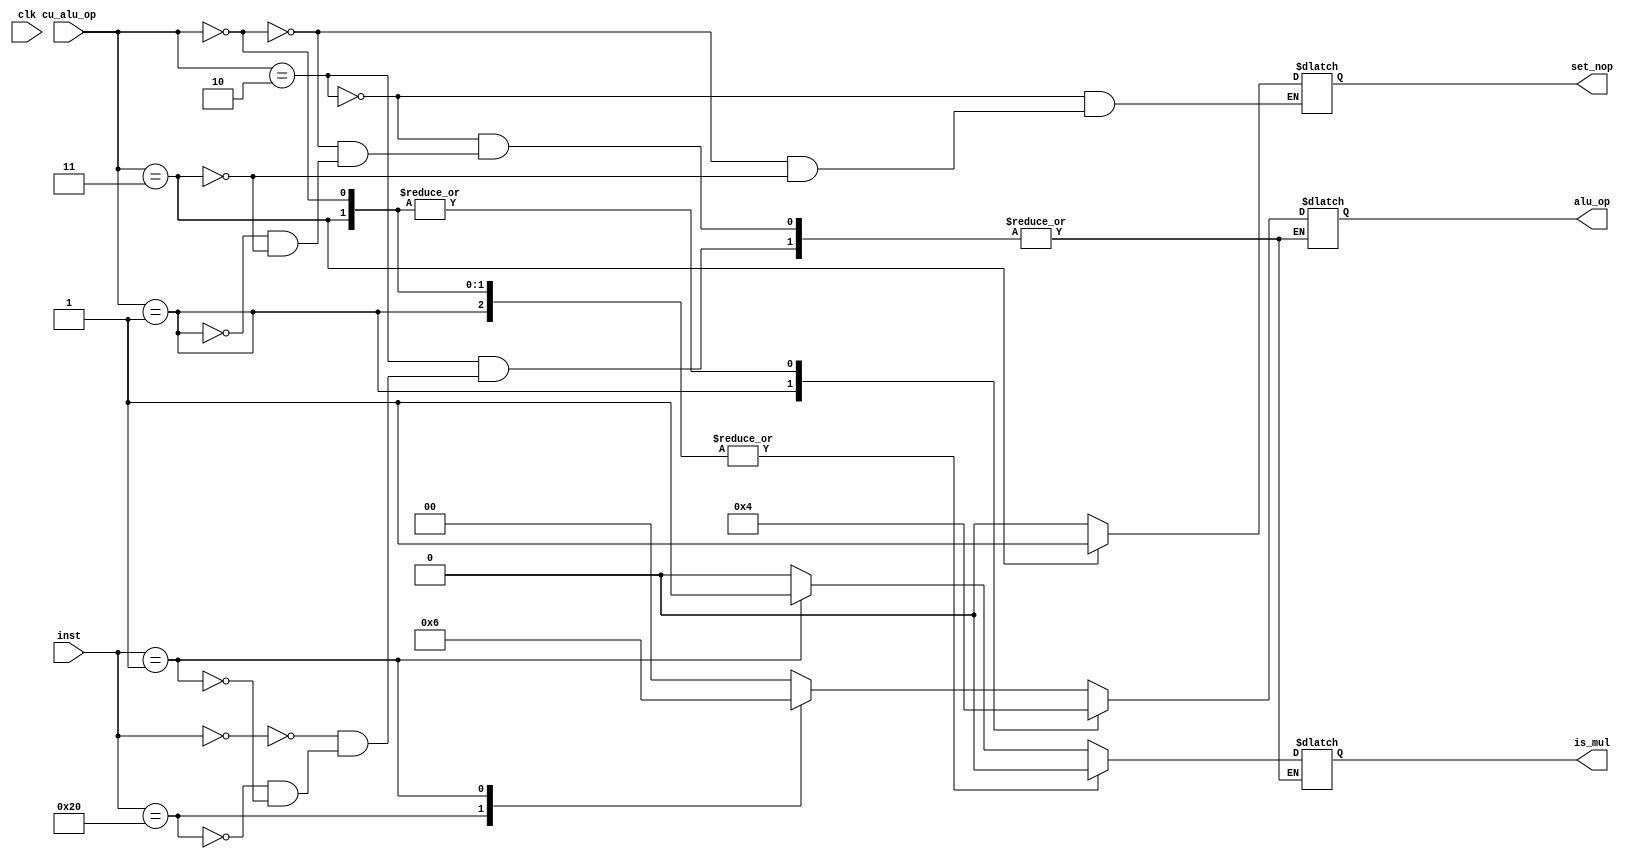
// GNU General Public License
//
// Copyright : (c) 2023 Javier Beiro Pin
//           : (c) 2023 Beatriz Navidad Vilches
//           : (c) 2023 Stefano Petrilli
//
// This file is part of Abejaruco <https:// github.com/Beanavil/Abejaruco>.
//
// Abejaruco is free software: you can redistribute it and/or modify it under
// the terms of the GNU General Public License as published by the Free
// Software Foundation, either version 3 of the License, or (at your option)
// any later version.
//
// Abejaruco is distributed in the hope that it will be useful, but WITHOUT ANY
// WARRANTY; without even the implied warranty of MERCHANTABILITY or FITNESS
// FOR A PARTICULAR PURPOSE. See the GNU General Public License for more details.
//
// You should have received a copy of the GNU General Public License
// along with Abejaruco placed on the LICENSE.md file of the root folder.
// If not, see <https:// www.gnu.org/licenses/>.

`default_nettype none

module ALUControl(
    // In
    input wire clk,
    input [6:0] inst /*bytes [31,25]*/,
    input [1:0] cu_alu_op,

    // Out
    output reg [1:0] alu_op,
    output reg is_mul,
    output reg set_nop);

  initial
  begin
    alu_op <= 2'b00;
    is_mul <= 1'b0;
    set_nop <= 1'b0;
  end

  always @(*)
  begin
    case (cu_alu_op)
      2'b10: /*R-type*/
      begin
        case (inst)
          7'b0000000: /*add*/
          begin
            alu_op <= 2'b00;
            is_mul <= 1'b0;
          end
          7'b0100000: /*sub*/
          begin
            alu_op <= 2'b01;
            is_mul <= 1'b0;
          end
          7'b0000001: /*mul*/
          begin
            alu_op <= 2'b10;
            is_mul <= 1'b1;
          end
        endcase
        set_nop <= 1'b0;
      end

      2'b00: /*I-type & S-type*/
      begin
        alu_op <= 2'b00;
        is_mul <= 1'b0;
        set_nop <= 1'b0;
      end

      2'b01: /*branch*/
      begin
        alu_op <= 2'b01;
        is_mul <= 1'b0;
      end

      2'b11: /*jump*/
      begin
        alu_op <= 2'b00;
        is_mul <= 1'b0;
        set_nop <= 1'b1;
      end
    endcase
  end
endmodule